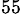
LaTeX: _{55}